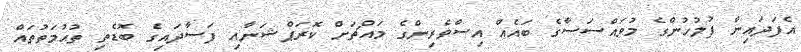
އެފަދައިން ފުލުހުންގެ މުވައްސަސާގެ ބައެއް އިސްވެރިންގެ މައްޗަށް ކޮރަޕްޝަނާއި ފަސާދައިގެ ބޮޑެތި ތުޙުމަތުތައް